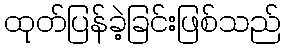
ထုတ်ပြန်ခဲ့ခြင်းဖြစ်သည်